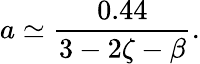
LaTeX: a\simeq\frac{0.44}{3-2\zeta-\beta}.